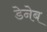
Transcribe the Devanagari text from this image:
डेनेब